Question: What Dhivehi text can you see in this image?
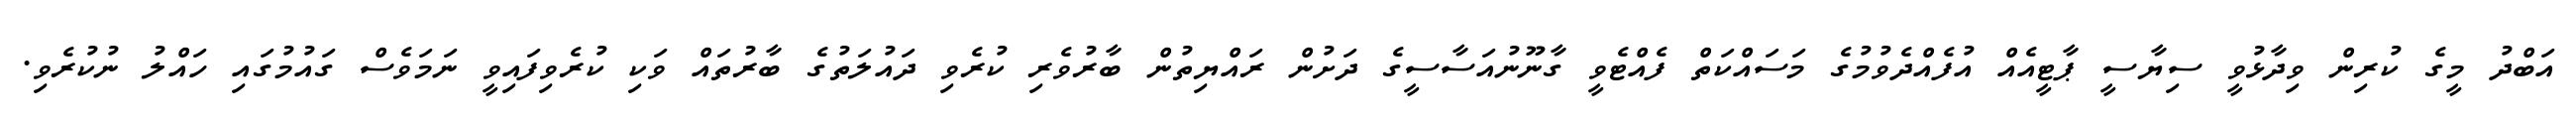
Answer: އަބްދު މީގެ ކުރިން ވިދާޅުވީ ސިޔާސީ ޕާޓީއެއް އުފެއްދެވުމުގެ މަސައްކަތް ފެއްޓެވީ ގާނޫނުއަސާސީގެ ދަށުން ރައްޔިތުން ބާރުވެރި ކުރެވި ދައުލަތުގެ ބާރުތައް ވަކި ކުރެވިފައިވީ ނަމަވެސް ގައުމުގައި ހައްލު ނުކުރެވި.